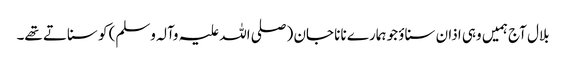
بلال آج ہمیں وہی اذان سناؤ جو ہمارے نانا جان (صلی اللہ علیہ وآلہ وسلم) کو سناتے تھے۔